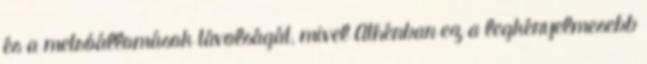
és a metróállomások távolságát, mivel Athénban ez a legkényelmesebb